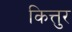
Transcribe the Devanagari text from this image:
कित्तुर